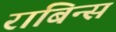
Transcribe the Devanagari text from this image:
राबिन्स